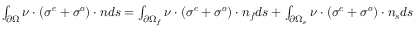
\begin{array} { r } { \int _ { \partial \Omega } \boldsymbol { \nu } \cdot ( \boldsymbol { \sigma ^ { e } } + \boldsymbol { \sigma ^ { o } } ) \cdot \boldsymbol { n } d s = \int _ { \partial \Omega _ { f } } \boldsymbol { \nu } \cdot ( \boldsymbol { \sigma ^ { e } } + \boldsymbol { \sigma ^ { o } } ) \cdot \boldsymbol { n _ { f } } d s + \int _ { \partial \Omega _ { s } } \boldsymbol { \nu } \cdot ( \boldsymbol { \sigma ^ { e } } + \boldsymbol { \sigma ^ { o } } ) \cdot \boldsymbol { n _ { s } } d s } \end{array}